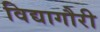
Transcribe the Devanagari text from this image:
विद्यागौरी